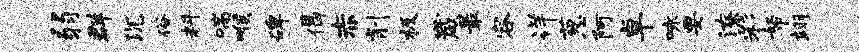
弱群沉俗料喘喉碑偈赤削极崴最容详葱阿卓咏要潦彩帑翊